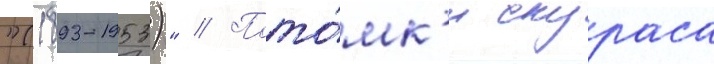
"(1893-1953)" // Пото́мк'и скураса